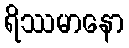
ရိဿမာနော